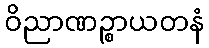
ဝိညာဏဉ္စာယတနံ